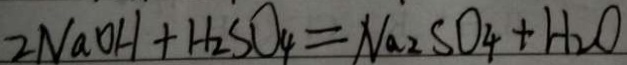
2 N a O H + H _ { 2 } S O _ { 4 } = N a _ { 2 } S O _ { 4 } + H _ { 2 } O